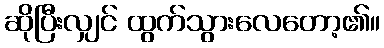
ဆိုပြီးလျှင် ထွက်သွားလေတော့၏။